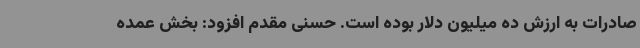
صادرات به ارزش ده میلیون دلار بوده است. حسنی مقدم افزود: بخش عمده